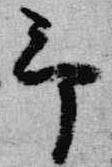
予